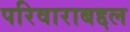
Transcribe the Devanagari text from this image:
परिवाराबद्दल